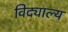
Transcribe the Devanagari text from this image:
विद्याल्य